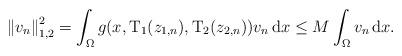
LaTeX: \begin{align*}\left\Vert v_{n}\right\Vert _{1,2}^{2}=\int_{\Omega }g(x,\mathrm{T}_{1}(z_{1,n}),\mathrm{T}_{2}(z_{2,n}))v_{n}\,\mathrm{d}x\leq M\int_{\Omega}v_{n}\,\mathrm{d}x. \end{align*}